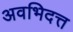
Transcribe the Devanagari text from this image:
अवभिदत्त